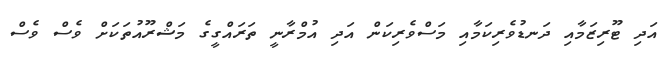
އަދި ޓޫރިޒަމާއި ދަނޑުވެރިކަމާއި މަސްވެރިކަން އަދި އުމްރާނީ ތަރައްގީގެ މަޝްރޫއުތަކަށް ވެސް ވެސް